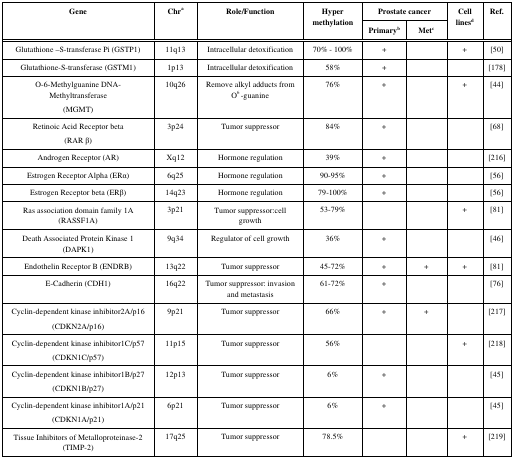
<table><thead><tr><td rowspan="2"><b>Gene</b></td><td rowspan="2"><b>Chra</b></td><td rowspan="2"><b>Role/Function</b></td><td rowspan="2"><b>Hyper methylation</b></td><td colspan="2"><b>Prostate cancer</b></td><td rowspan="2"><b>Cell linesd</b></td><td rowspan="2"><b>Ref.</b></td></tr><tr><td><b>Primaryb</b></td><td><b>Metc</b></td></tr></thead><tbody><tr><td>GlutathioneS-transferase Pi (GSTP1)</td><td>11q13</td><td>Intracellular detoxification</td><td>70% - 100%</td><td>+</td><td></td><td>+</td><td>[50]</td></tr><tr><td>Glutathione-S-transferase (GSTM1)</td><td>1p13</td><td>Intracellular detoxification</td><td>58%</td><td>+</td><td></td><td></td><td>[178]</td></tr><tr><td>O-6-Methylguanine DNA-Methyltransferase (MGMT)</td><td>10q26</td><td>Remove alkyl adducts from O<sup>6</sup>-guanine</td><td>76%</td><td>+</td><td></td><td>+</td><td>[44]</td></tr><tr><td>Retinoic Acid Receptor beta (RAR β)</td><td>3p24</td><td>Tumor suppressor</td><td>84%</td><td>+</td><td></td><td></td><td>[68]</td></tr><tr><td>Androgen Receptor (AR)</td><td>Xq12</td><td>Hormone regulation</td><td>39%</td><td>+</td><td></td><td></td><td>[216]</td></tr><tr><td>Estrogen Receptor Alpha (ERα)</td><td>6q25</td><td>Hormone regulation</td><td>90-95%</td><td>+</td><td></td><td></td><td>[56]</td></tr><tr><td>Estrogen Receptor beta (ERβ)</td><td>14q23</td><td>Hormone regulation</td><td>79-100%</td><td>+</td><td></td><td></td><td>[56]</td></tr><tr><td>Ras association domain family 1A (RASSF1A)</td><td>3p21</td><td>Tumor suppressor:cell growth</td><td>53-79%</td><td></td><td></td><td>+</td><td>[81]</td></tr><tr><td>Death Associated Protein Kinase 1 (DAPK1)</td><td>9q34</td><td>Regulator of cell growth</td><td>36%</td><td>+</td><td></td><td></td><td>[46]</td></tr><tr><td>Endothelin Receptor B (ENDRB)</td><td>13q22</td><td>Tumor suppressor</td><td>45-72%</td><td>+</td><td>+</td><td>+</td><td>[81]</td></tr><tr><td>E-Cadherin (CDH1)</td><td>16q22</td><td>Tumor suppressor: invasion and metastasis</td><td>61-72%</td><td>+</td><td></td><td></td><td>[76]</td></tr><tr><td>Cyclin-dependent kinase inhibitor2A/p16 (CDKN2A/p16)</td><td>9p21</td><td>Tumor suppressor</td><td>66%</td><td>+</td><td>+</td><td></td><td>[217]</td></tr><tr><td>Cyclin-dependent kinase inhibitor1C/p57 (CDKN1C/p57)</td><td>11p15</td><td>Tumor suppressor</td><td>56%</td><td></td><td></td><td>+</td><td>[218]</td></tr><tr><td>Cyclin-dependent kinase inhibitor1B/p27 (CDKN1B/p27)</td><td>12p13</td><td>Tumor suppressor</td><td>6%</td><td>+</td><td></td><td></td><td>[45]</td></tr><tr><td>Cyclin-dependent kinase inhibitor1A/p21 (CDKN1A/p21)</td><td>6p21</td><td>Tumor suppressor</td><td>6%</td><td>+</td><td></td><td></td><td>[45]</td></tr><tr><td>Tissue Inhibitors of Metalloproteinase-2 (TIMP-2)</td><td>17q25</td><td>Tumor suppressor</td><td>78.5%</td><td></td><td></td><td>+</td><td>[219]</td></tr></tbody></table>